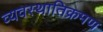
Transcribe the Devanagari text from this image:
व्यवस्थातिक्रमण